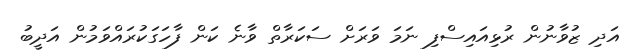
އަދި ޒުވާނުން ރުޅިއައިސްފި ނަމަ ވަރަށް ސަކަރާތް ވާނެ ކަން ފާހަގަކުރައްވަމުން އަދީބު